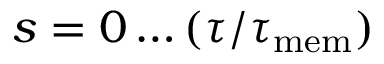
s = 0 \dots ( \tau / \tau _ { \mathrm { m e m } } )